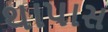
થાપાસ